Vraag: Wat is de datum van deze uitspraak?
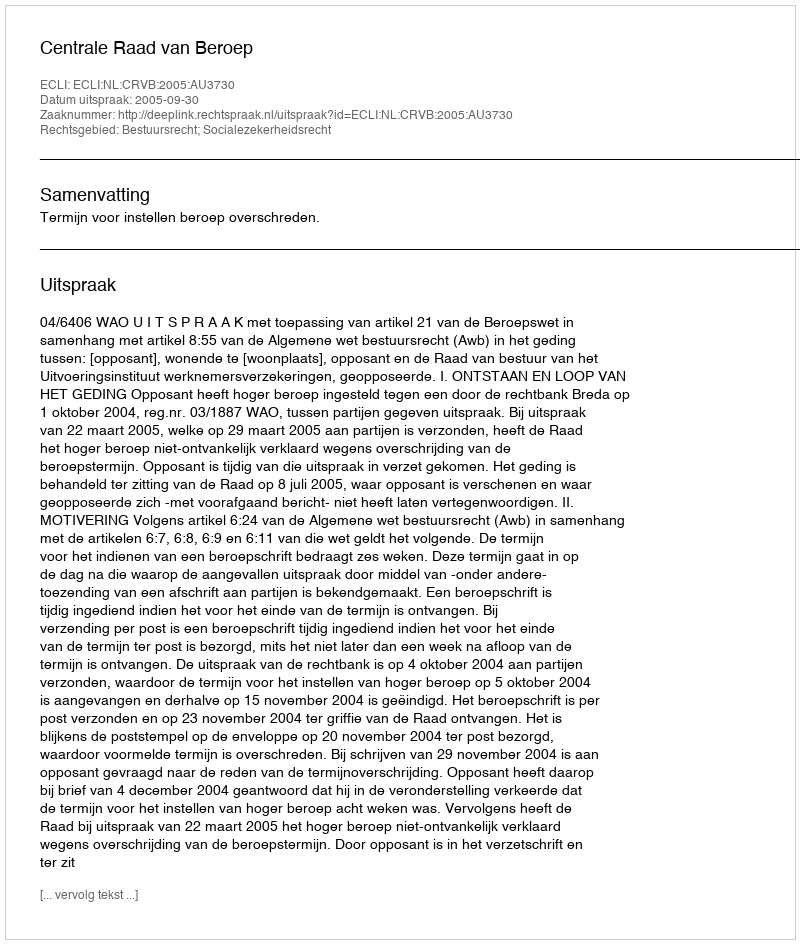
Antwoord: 2005-09-30